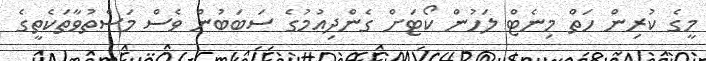
މީގެ ކުރިން ހަތް މިނެޓް ލަހުން ކޯޓަށް ގެންދިއުމުގެ ސަބަބުން ވެސް މަސްތުވާތަކެތީގެ